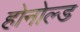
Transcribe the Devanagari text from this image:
होनोल्ड